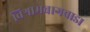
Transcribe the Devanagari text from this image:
विश्रामबागवाडा